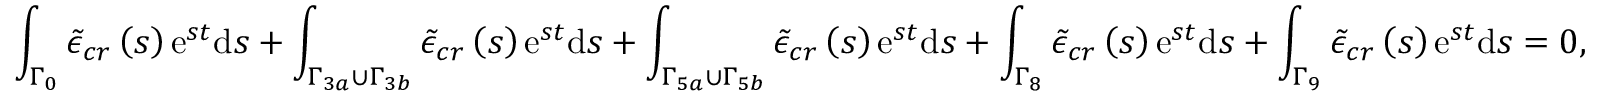
\int _ { \Gamma _ { 0 } } \tilde { \epsilon } _ { c r } \left( s \right) \mathrm { e } ^ { s t } \mathrm { d } s + \int _ { \Gamma _ { 3 a } \cup \Gamma _ { 3 b } } \tilde { \epsilon } _ { c r } \left( s \right) \mathrm { e } ^ { s t } \mathrm { d } s + \int _ { \Gamma _ { 5 a } \cup \Gamma _ { 5 b } } \tilde { \epsilon } _ { c r } \left( s \right) \mathrm { e } ^ { s t } \mathrm { d } s + \int _ { \Gamma _ { 8 } } \tilde { \epsilon } _ { c r } \left( s \right) \mathrm { e } ^ { s t } \mathrm { d } s + \int _ { \Gamma _ { 9 } } \tilde { \epsilon } _ { c r } \left( s \right) \mathrm { e } ^ { s t } \mathrm { d } s = 0 ,